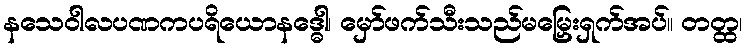
နသေဝါလပဏကပရိယောနဒ္ဓေါ၊ မှော်ဖက်သီးသည်မမြှေးရှက်အပ်။ တတ္ထ၊